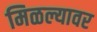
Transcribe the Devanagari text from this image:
मिळल्यावर